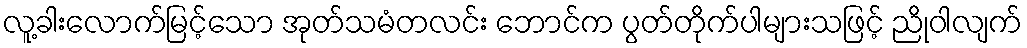
လူ့ခါးလောက်မြင့်သော အုတ်သမံတလင်း ဘောင်က ပွတ်တိုက်ပါများသဖြင့် ညိုဝါလျက်